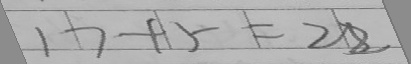
1 7 + 5 = 2 8